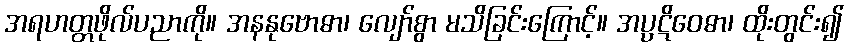
အရဟတ္တဖိုလ်ပညာကို။ အနနုဗောဓာ၊ လျော်စွာ မသိခြင်းကြောင့်။ အပ္ပဋိဝေဓာ၊ ထိုးတွင်း၍